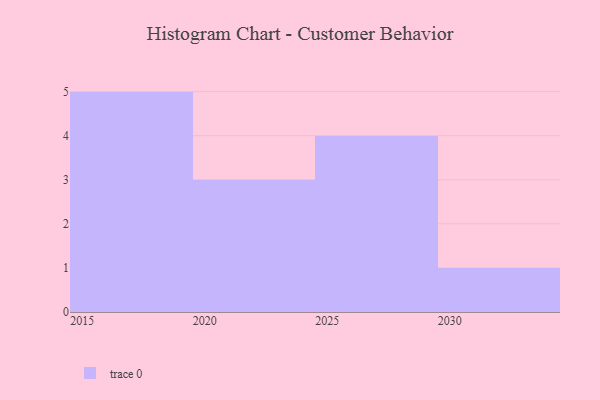
{"axis": {"x": "Year", "y": "Conversion Rate (%)"}, "legend": [""], "data": [{"x": "2025", "y": 10, "type": ""}, {"x": "2030", "y": 12, "type": ""}, {"x": "2019", "y": 51, "type": ""}, {"x": "2027", "y": 9, "type": ""}, {"x": "2020", "y": 90, "type": ""}, {"x": "2016", "y": 98, "type": ""}, {"x": "2026", "y": 55, "type": ""}, {"x": "2023", "y": 4, "type": ""}, {"x": "2024", "y": 31, "type": ""}, {"x": "2018", "y": 67, "type": ""}, {"x": "2029", "y": 59, "type": ""}, {"x": "2017", "y": 89, "type": ""}, {"x": "2015", "y": 89, "type": ""}]}